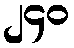
၂၄၀